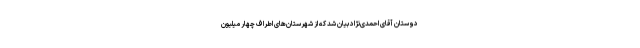
دوستان آقای احمدی‌نژاد بیان شد که از شهرستان‌های اطراف چهار میلیون